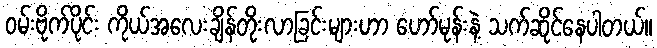
ဝမ်းဗိုက်ပိုင်း ကိုယ်အလေးချိန်တိုးလာခြင်းများဟာ ဟော်မုန်းနဲ့ သက်ဆိုင်နေပါတယ်။